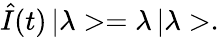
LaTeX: \hat{I}(t)\, |\lambda>=\lambda\, |\lambda>.